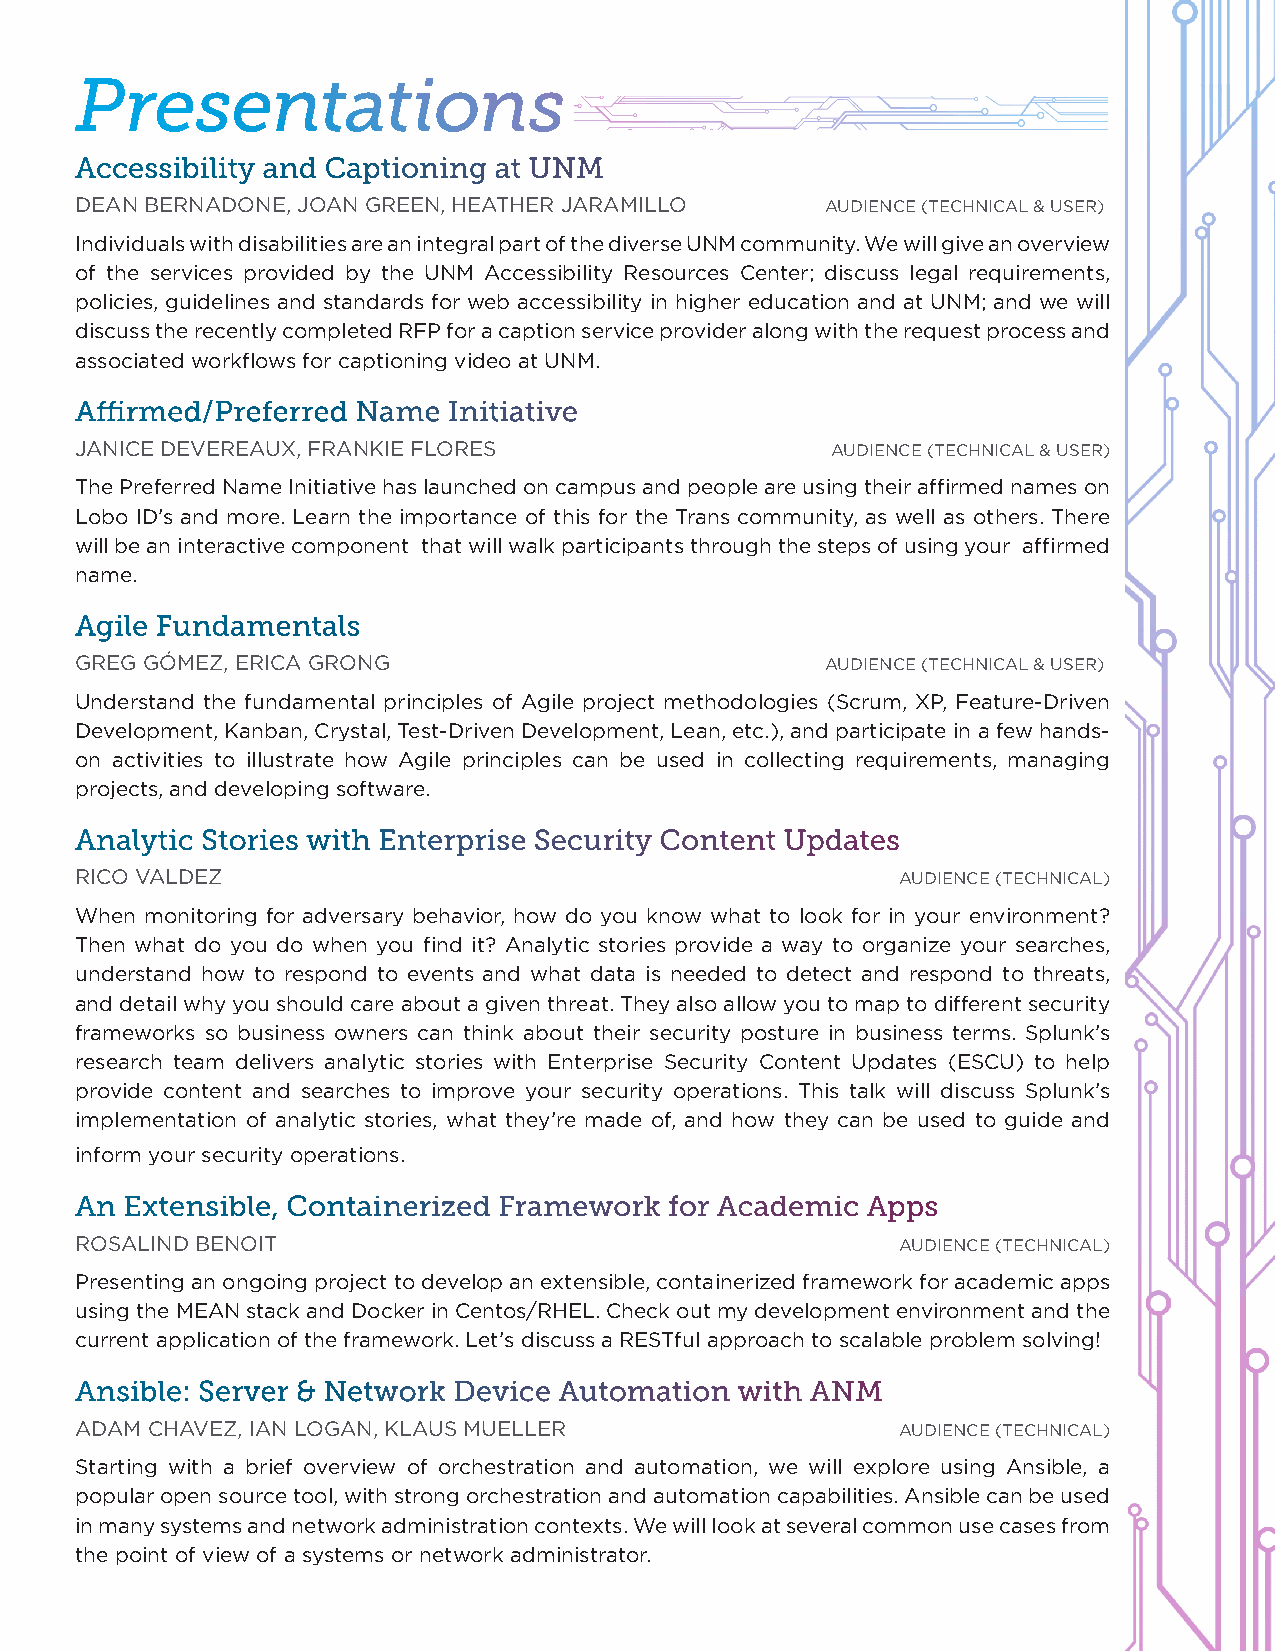
Presentations
 Accessibility and Captioning at UNM
 DEAN BERNADONE, JOAN GREEN, HEATHER JARAMILLO     AUDIENCE (TECHNICAL & USER)
 Individuals with disabilities are an integral part of the diverse UNM community. We will give an overview
 of the services provided by the UNM Accessibility Resources Center; discuss legal requirements,
 policies, guidelines and standards for web accessibility in higher education and at UNM; and we will
 discuss the recently completed RFP for a caption service provider along with the request process and
 associated workflows for captioning video at UNM.
 Affirmed/Preferred Name  Initiative
 JANICE DEVEREAUX, FRANKIE FLORES                  AUDIENCE (TECHNICAL & USER)
 The Preferred Name Initiative has launched on campus and people are using their affirmed names on
 Lobo ID’s and more. Learn the importance of this for the Trans community, as well as others. There
 will be an interactive component that will walk participants through the steps of using your affirmed
 name.
 Agile Fundamentals
 GREG GÓMEZ, ERICA GRONG                           AUDIENCE (TECHNICAL & USER)
 Understand the fundamental principles of Agile project methodologies (Scrum, XP, Feature-Driven
 Development, Kanban, Crystal, Test-Driven Development, Lean, etc.), and participate in a few hands-
 on activities to illustrate how Agile principles can be used in collecting requirements, managing
 projects, and developing software.
 Analytic Stories with Enterprise Security Content Updates
 RICO VALDEZ                                            AUDIENCE (TECHNICAL)
 When monitoring for adversary behavior, how do you know what to look for in your environment?
 Then what do you do when you find it? Analytic stories provide a way to organize your searches,
 understand how to respond to events and what data is needed to detect and respond to threats,
 and detail why you should care about a given threat. They also allow you to map to different security
 frameworks so business owners can think about their security posture in business terms. Splunk’s
 research team delivers analytic stories with Enterprise Security Content Updates (ESCU) to help
 provide content and searches to improve your security operations. This talk will discuss Splunk’s
 implementation of analytic stories, what they’re made of, and how they can be used to guide and
 inform your security operations.
 An Extensible, Containerized Framework for Academic Apps
 ROSALIND BENOIT                                        AUDIENCE (TECHNICAL)
 Presenting an ongoing project to develop an extensible, containerized framework for academic apps
 using the MEAN stack and Docker in Centos/RHEL. Check out my development environment and the
 current application of the framework. Let’s discuss a RESTful approach to scalable problem solving!
 Ansible: Server & Network Device Automation with ANM
 ADAM CHAVEZ, IAN LOGAN, KLAUS MUELLER                  AUDIENCE (TECHNICAL)
 Starting with a brief overview of orchestration and automation, we will explore using Ansible, a
 popular open source tool, with strong orchestration and automation capabilities. Ansible can be used
 in many systems and network administration contexts. We will look at several common use cases from
 the point of view of a systems or network administrator.